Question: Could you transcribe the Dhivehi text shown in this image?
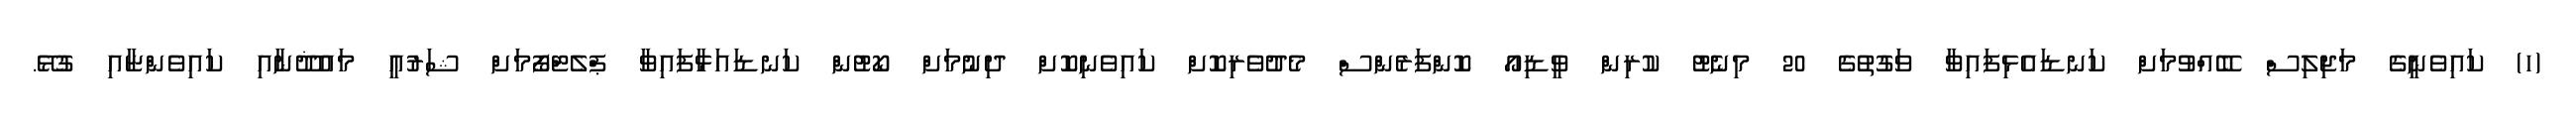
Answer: (ހ) ކައިވެނީގެ މަޖިލިސް ބޭއްވުމަށް ކަނޑައެޅިފައިވާ ވަގުތުގެ 20 މިނެޓު ކުރިން ވީޑިއޯ ކޮންފަރެންސް މެދުވެރިކޮށް ކައިވެނިކޮށް ދިނުމަށް ކޯޓުން ކަނޑައަޅާފައިވާ ޕްލެޓްފޯމަށް ޝަރުޢީ މައުޛޫނާއި ކައިވެންޏާއި ގުޅޭ.